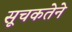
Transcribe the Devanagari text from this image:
सूचकतेने